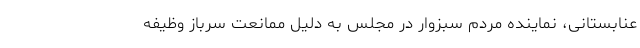
عنابستانی، نماینده مردم سبزوار در مجلس به دلیل ممانعت سرباز وظیفه